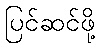
ပြင်ဆင်ဖို့